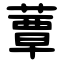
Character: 蕈